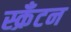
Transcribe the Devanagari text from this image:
स्क्रॅंटन